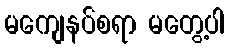
မကျေနပ်စရာ မတွေ့ပါ